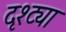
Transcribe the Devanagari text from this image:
दृश्ट्या